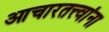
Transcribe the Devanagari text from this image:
आचारतत्त्वांना